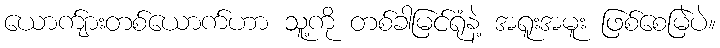
ယောက်ျားတစ်ယောက်ဟာ သူ့ကို တစ်ခါမြင်ရုံနဲ့ အရူးအမူး ဖြစ်စေမြဲပဲ။